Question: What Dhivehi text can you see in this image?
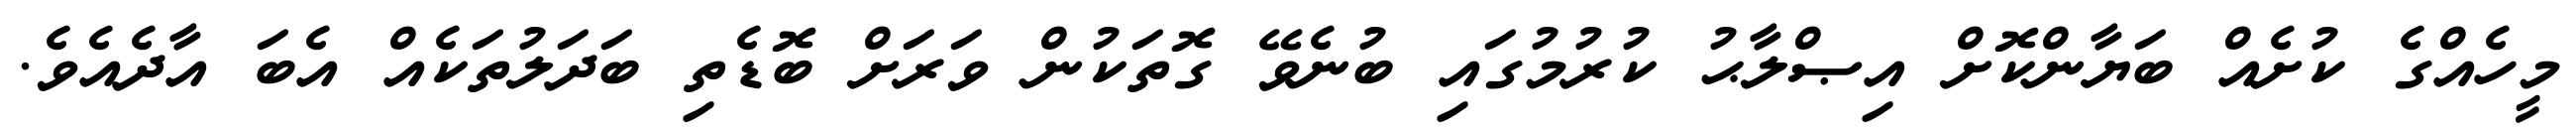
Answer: މީހެއްގެ ކުށެއް ބަޔާންކޮށް އިޞްލާޙު ކުރުމުގައި ބުނެވޭ ގޮތަކުން ވަރަށް ބޮޑެތި ބަދަލުތަކެއް އެބަ އާދެއެވެ.